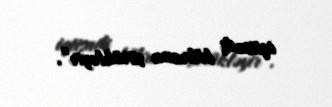
iqtisadi böhrana sürükləyir”.